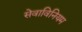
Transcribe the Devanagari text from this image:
सेवाविनियम